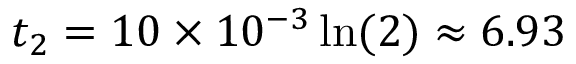
t _ { 2 } = 1 0 \times 1 0 ^ { - 3 } \ln ( 2 ) \approx 6 . 9 3